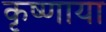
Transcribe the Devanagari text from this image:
कृष्णाया